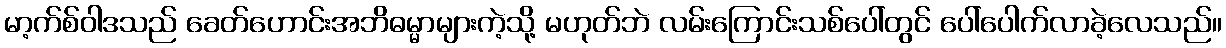
မာ့က်စ်ဝါဒသည် ခေတ်ဟောင်းအဘိဓမ္မာများကဲ့သို့ မဟုတ်ဘဲ လမ်းကြောင်းသစ်ပေါ်တွင် ပေါ်ပေါက်လာခဲ့လေသည်။